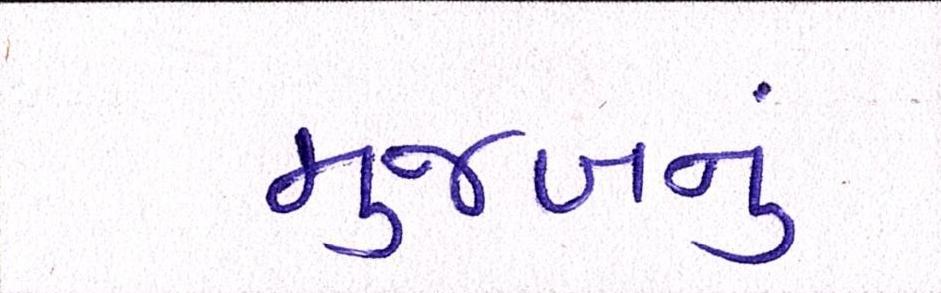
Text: મુજબનું